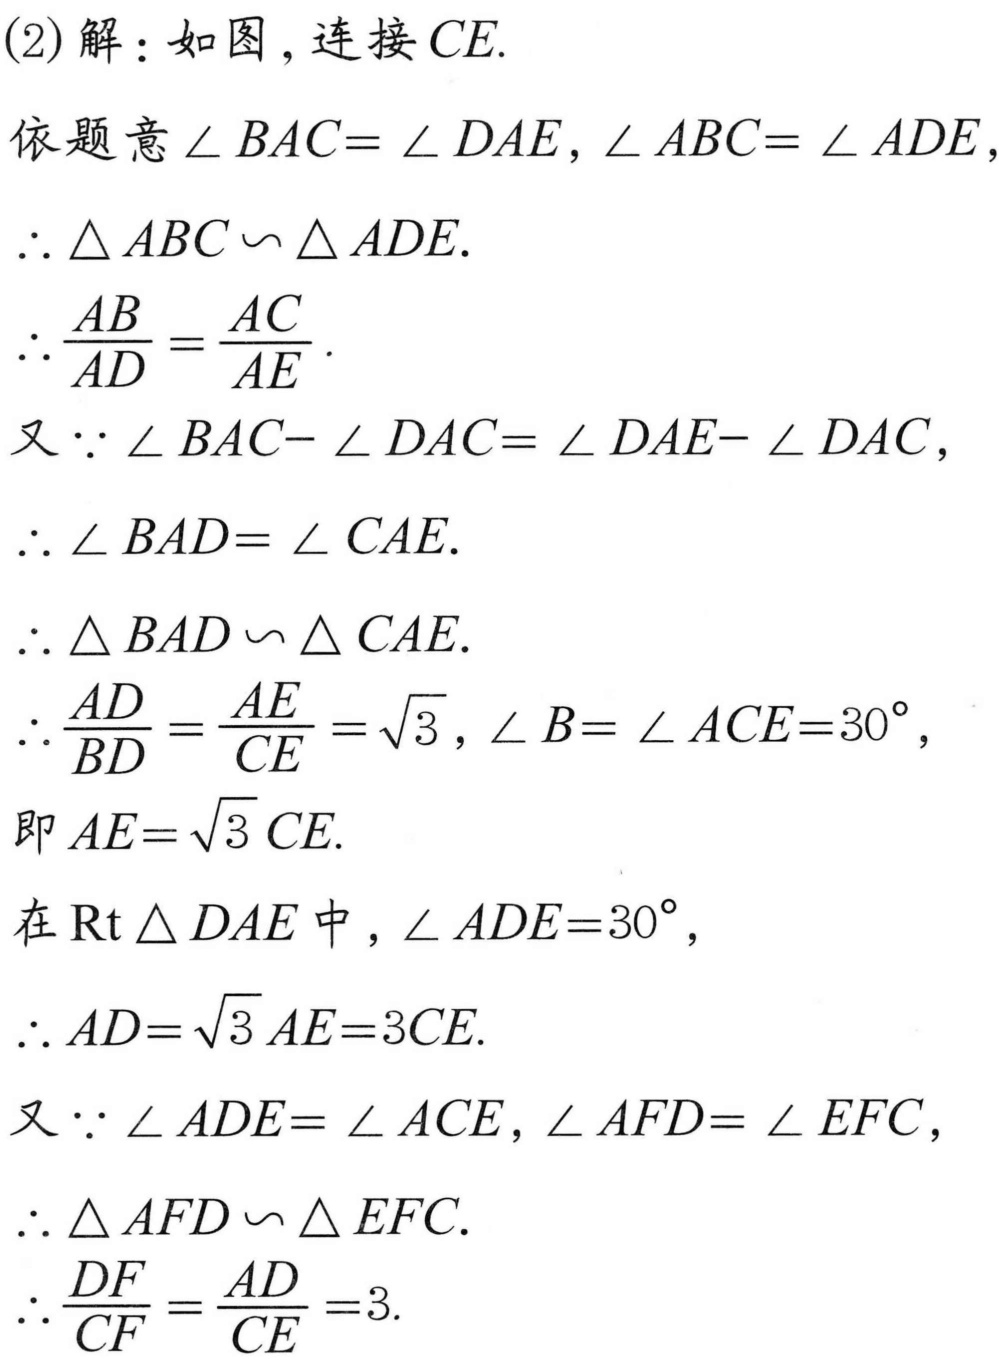
(2)解：如图，连接\(CE\).
依题意\(\angle BAC = \angle DAE,\angle ABC = \angle ADE\)，
\(\therefore \triangle ABC\backsim\triangle ADE\).
\(\therefore \frac{AB}{AD}=\frac{AC}{AE}\).
又\(\because \angle BAC - \angle DAC=\angle DAE - \angle DAC\)，
\(\therefore \angle BAD=\angle CAE\).
\(\therefore \triangle BAD\backsim\triangle CAE\).
\(\therefore \frac{AD}{BD}=\frac{AE}{CE}=\sqrt{3},\angle B = \angle ACE = 30^{\circ}\)，
即\(AE = \sqrt{3}CE\).
在\(\text{Rt}\triangle DAE\)中，\(\angle ADE = 30^{\circ}\)，
\(\therefore AD=\sqrt{3}AE = 3CE\).
又\(\because \angle ADE=\angle ACE,\angle AFD=\angle EFC\)，
\(\therefore \triangle AFD\backsim\triangle EFC\).
\(\therefore \frac{DF}{CF}=\frac{AD}{CE}=3\).